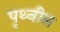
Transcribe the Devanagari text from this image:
पृथ्वीस